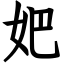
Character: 妑